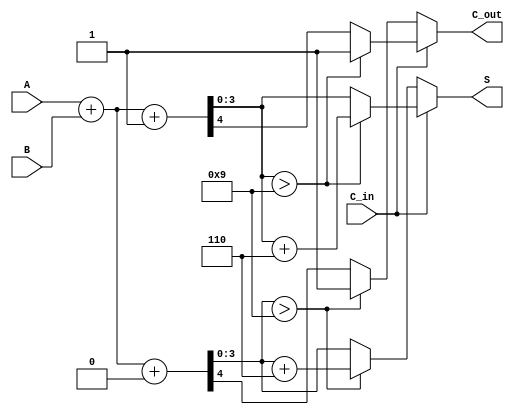
module BCD_Modified_Carry_Select_Adder (
    input [3:0] A,         // 4-bit BCD input A
    input [3:0] B,         // 4-bit BCD input B
    input C_in,            // Carry input
    output reg [3:0] S,    // 4-bit BCD sum output
    output reg C_out       // Carry output
);

    wire [4:0] sum0;      // Sum when C_in = 0
    wire [4:0] sum1;      // Sum when C_in = 1
    wire C0, C1;          // Carry outputs for C_in = 0 and C_in = 1

    // Full adder logic for C_in = 0
    assign sum0 = A + B + 1'b0; // C_in = 0
    assign C0 = sum0[4];        // Carry out for C_in = 0

    // Full adder logic for C_in = 1
    assign sum1 = A + B + 1'b1; // C_in = 1
    assign C1 = sum1[4];        // Carry out for C_in = 1

    // BCD correction logic
    always @(*) begin
        // Default outputs
        C_out = 0;
        S = 4'b0000;

        // Determine appropriate sum and check for BCD correction
        if (C_in == 0) begin
            if (sum0[3:0] > 4'b1001) begin
                S = sum0[3:0] + 4'b0110; // Add 6 for correction
                C_out = 1;               // Set carry out
            end else begin
                S = sum0[3:0];           // No correction needed
                C_out = C0;              // Carry out from C_in = 0 path
            end
        end else begin
            if (sum1[3:0] > 4'b1001) begin
                S = sum1[3:0] + 4'b0110; // Add 6 for correction
                C_out = 1;               // Set carry out
            end else begin
                S = sum1[3:0];           // No correction needed
                C_out = C1;              // Carry out from C_in = 1 path
            end
        end
    end
endmodule